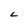
Character: L